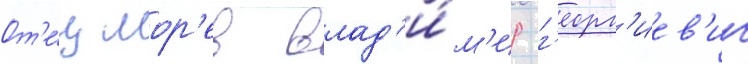
От'е́ц мор'ев влад'и́м'ир г'еорг'иев'ич